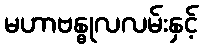
မဟာဗန္ဓုလလမ်းနှင့်